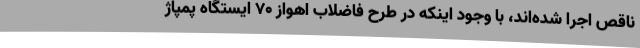
ناقص اجرا شده‌اند، با وجود اینکه در طرح فاضلاب اهواز 70 ایستگاه پمپاژ